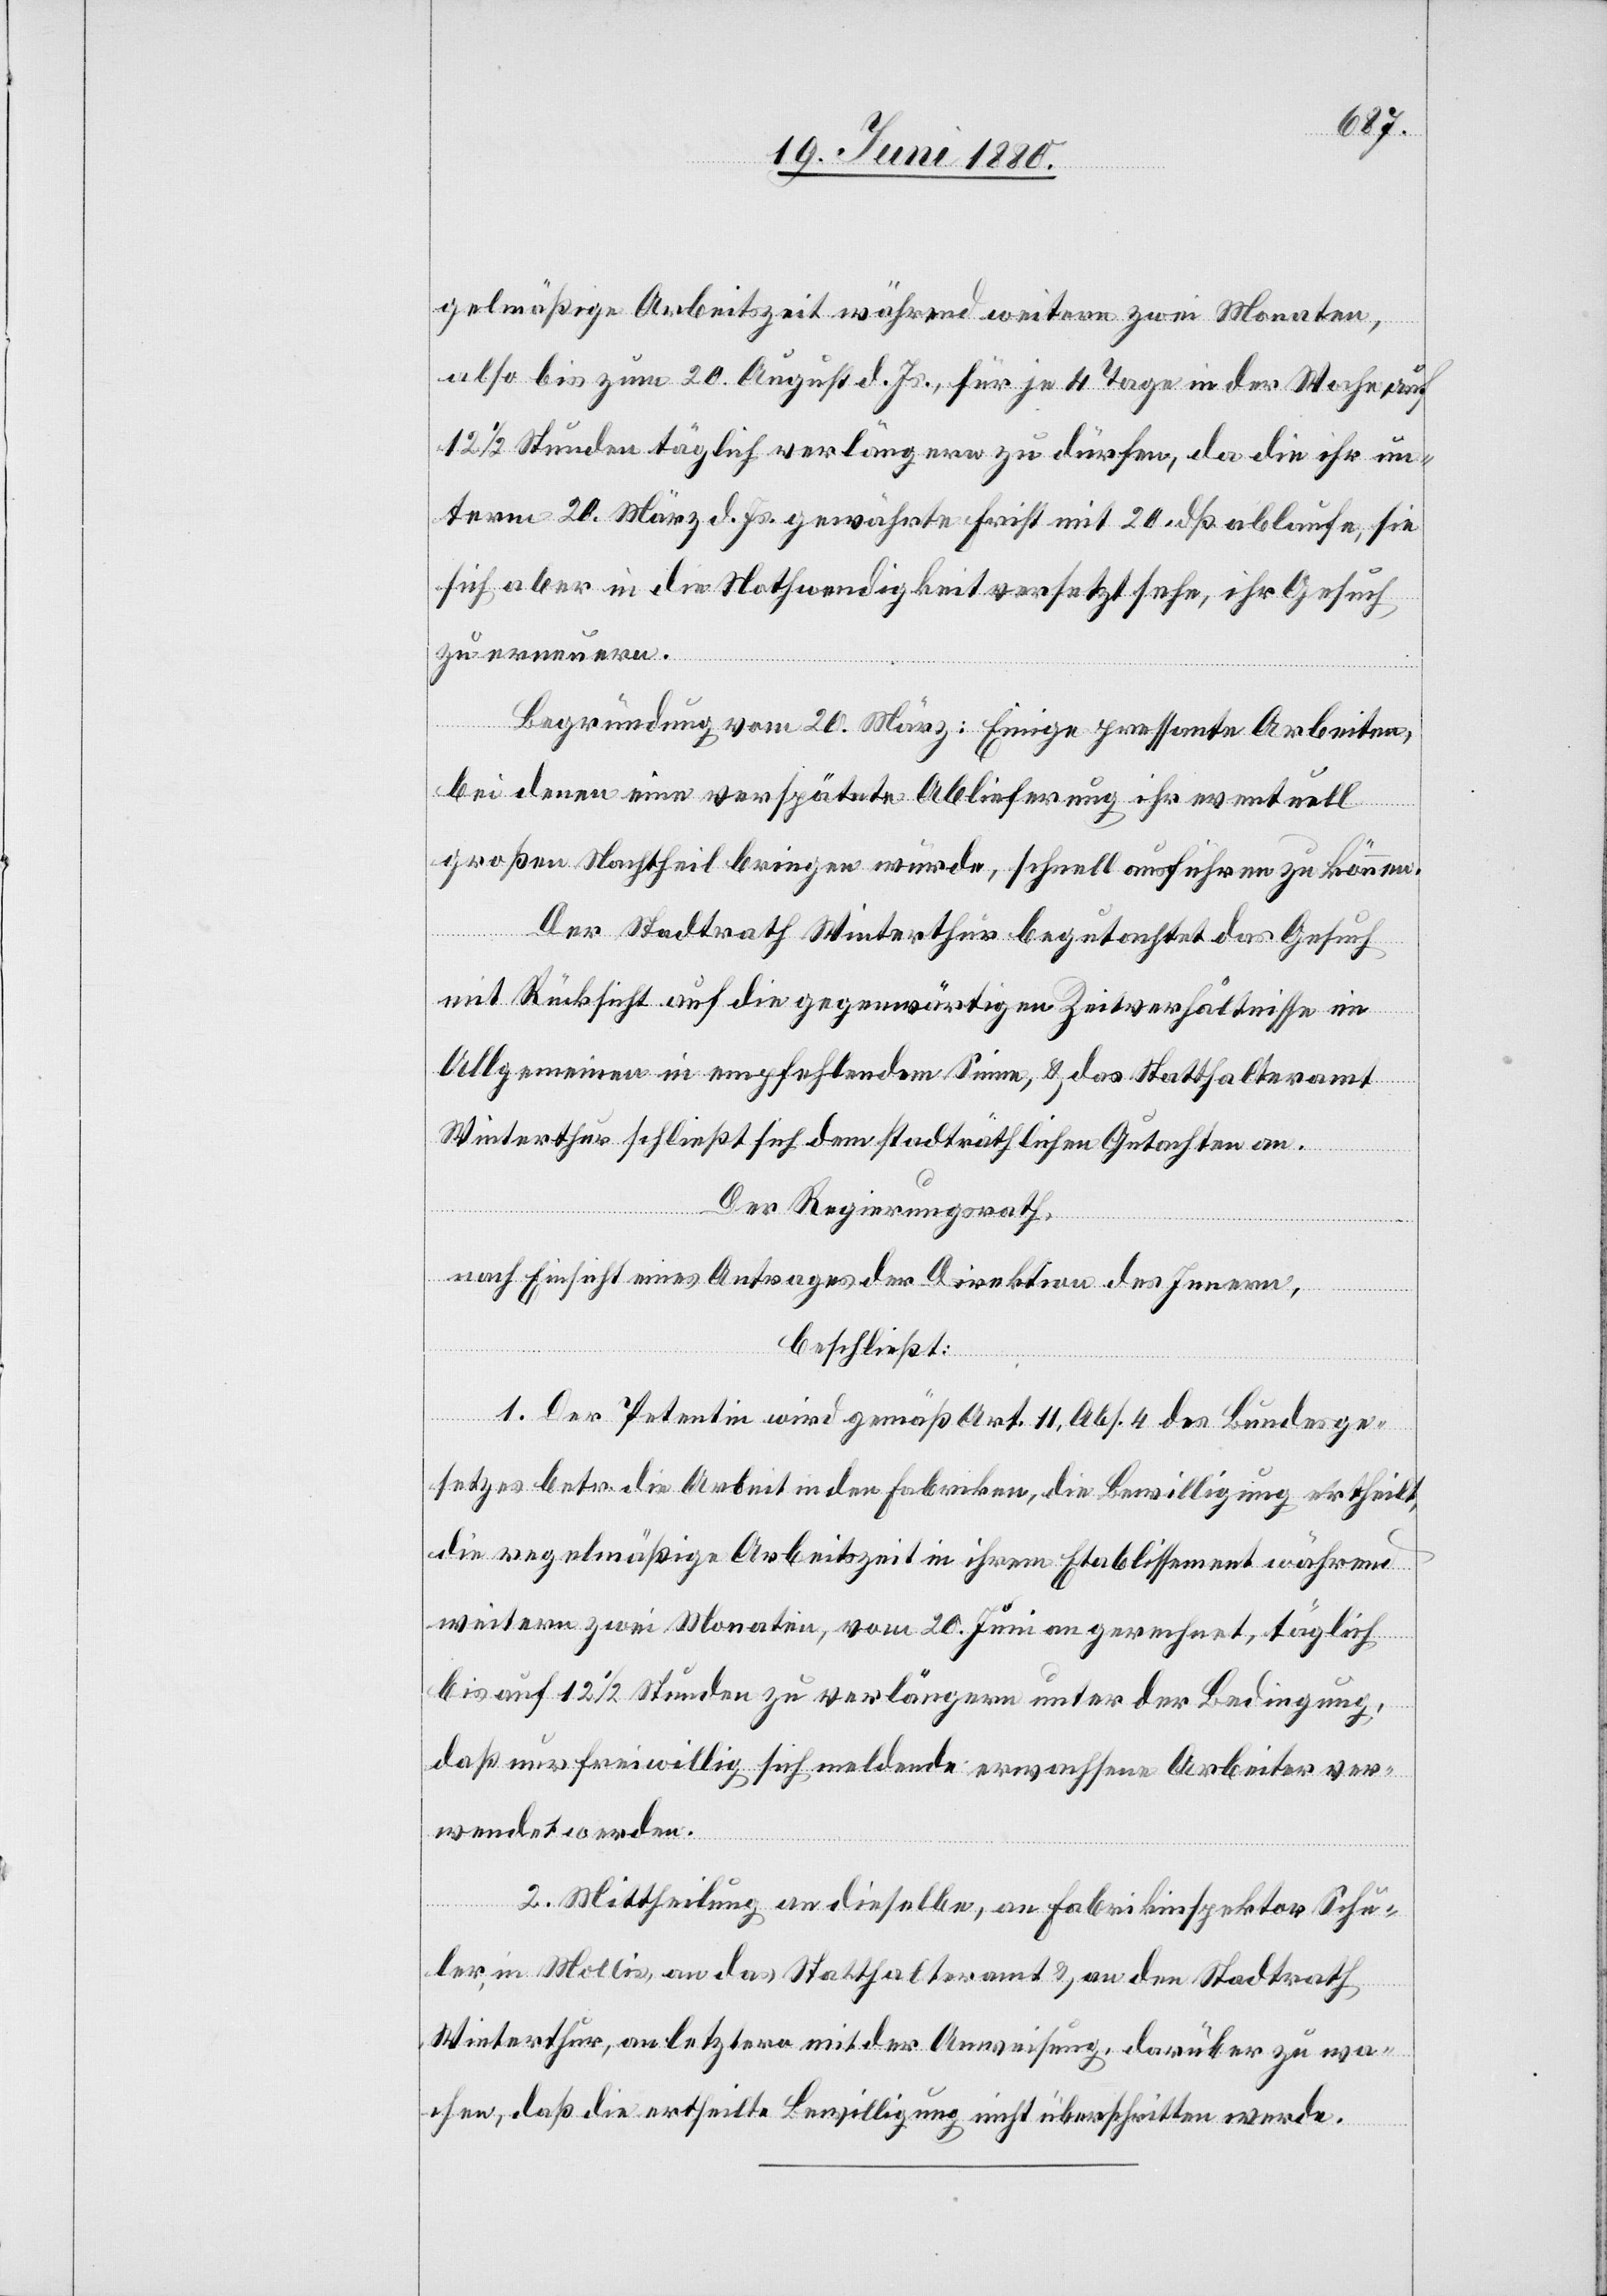
gelmäßige Arbeitszeit während weitern zwei Monaten,
also bis zum 20. August d. Js., für je 4 Tage in der Woche, auf
121/2 Stunden täglich verlängern zu dürfen, da die ihr un¬
term 20. März d. Js. gewährte Frist mit 20. dß. ablaufe, sie
sich aber in die Nothwendigkeit versetzt sehe, ihr Gesuch
zu erneuern.
Begründung vom 20. März: Einige pressante Arbeiten,
bei denen eine verspätete Ablieferung ihr eventuell
großen Nachtheil bringen würde, schnell ausführen zu können
Der Stadtrath Winterthur begutachtet das Gesuch
mit Rücksicht auf die gegenwärtigen Zeitverhältnisse im
Allgemeinen in empfehlendem Sinne, & das Statthalteramt
Winterthur schließt sich dem stadträthlichen Gutachten an.
Der Regierungsrath,
nach Einsicht eines Antrages der Direktion des Innern,
beschließt:
1. Der Petentin wird gemäß Art. 11, Abs. 4 des Bundesge¬
setzes betr. die Arbeit in den Fabriken, die Bewilligung ertheilt,
die regelmäßige Arbeitszeit in ihrem Etablissement während
weitern zwei Monaten, vom 20. Juni an gerechnet, täglich
bis auf 121/2 Stunden zu verlängern unter der Bedingung,
daß nur freiwillig sich meldende erwachsene Arbeiter ver¬
wendet werden.
2. Mittheilung an dieselbe, an Fabrikinspektor Schu¬
ler, in Mollis, an das Statthalteramt & an den Stadtrath
Winterthur, an letztern mit der Anweisung, darüber zu wa¬
chen, daß die ertheilte Bewilligung nicht überschritten werde.